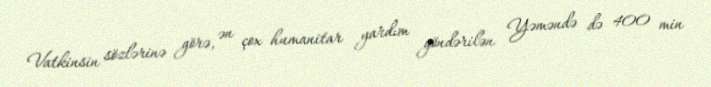
Vatkinsin sözlərinə görə, ən çox humanitar yardım göndərilən Yəməndə də 400 min